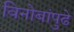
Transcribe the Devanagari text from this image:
विनोबांपुढे